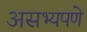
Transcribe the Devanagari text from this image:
असभ्यपणे